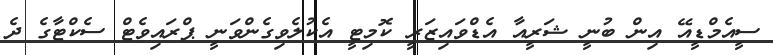
ސީއެމްޑީއޭ އިން ބުނީ ޝަރީއާ އެޑްވައިޒަރީ ކޮމިޓީ އެކުލެވިގެންވަނީ ޕްރައިވެޓް ސެކްޓާގެ ދެ